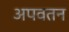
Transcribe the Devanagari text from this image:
अपवतन